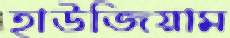
হাউজিয়াম